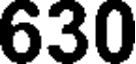
630